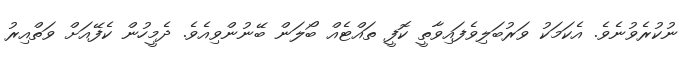
ނުކުރެވުނެވެ. އެކަމަކު ވަރުބަލިވެފައިވާތީ ކޮފީ ތައްޓެއް ބޯލަން ބޭނުންވިއެވެ. ދެމީހުން ކެފޭއަށް ވަތްއިރު